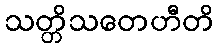
သတ္တိသတေဟီတိ